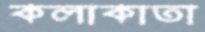
কলাকাতা